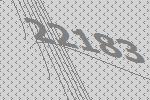
22183